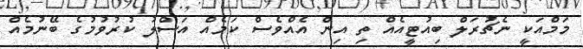
މަމްއަކީ ނެޗުރަލް ބިއުޓީއެއް ތި އިން އެއްވެސް ކަމެއް އަސްލު ކުރުވުމުގެ ބޭނުމެއް